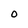
Character: 0